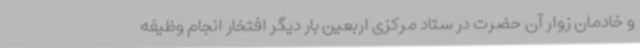
و خادمان زوار آن حضرت در ستاد مرکزی اربعین بار دیگر افتخار انجام وظیفه